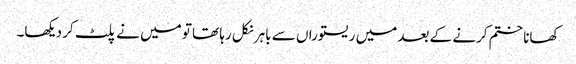
کھانا ختم کرنے کے بعد میں ریستوراں سے باہر نکل رہا تھا تو میں نے پلٹ کر دیکھا۔